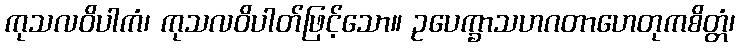
ကုသလဝိပါကံ၊ ကုသလဝိပါတ်ဖြင့်သော။ ဥပေက္ခာသဟဂတာဟေတုကစိတ္တံ၊